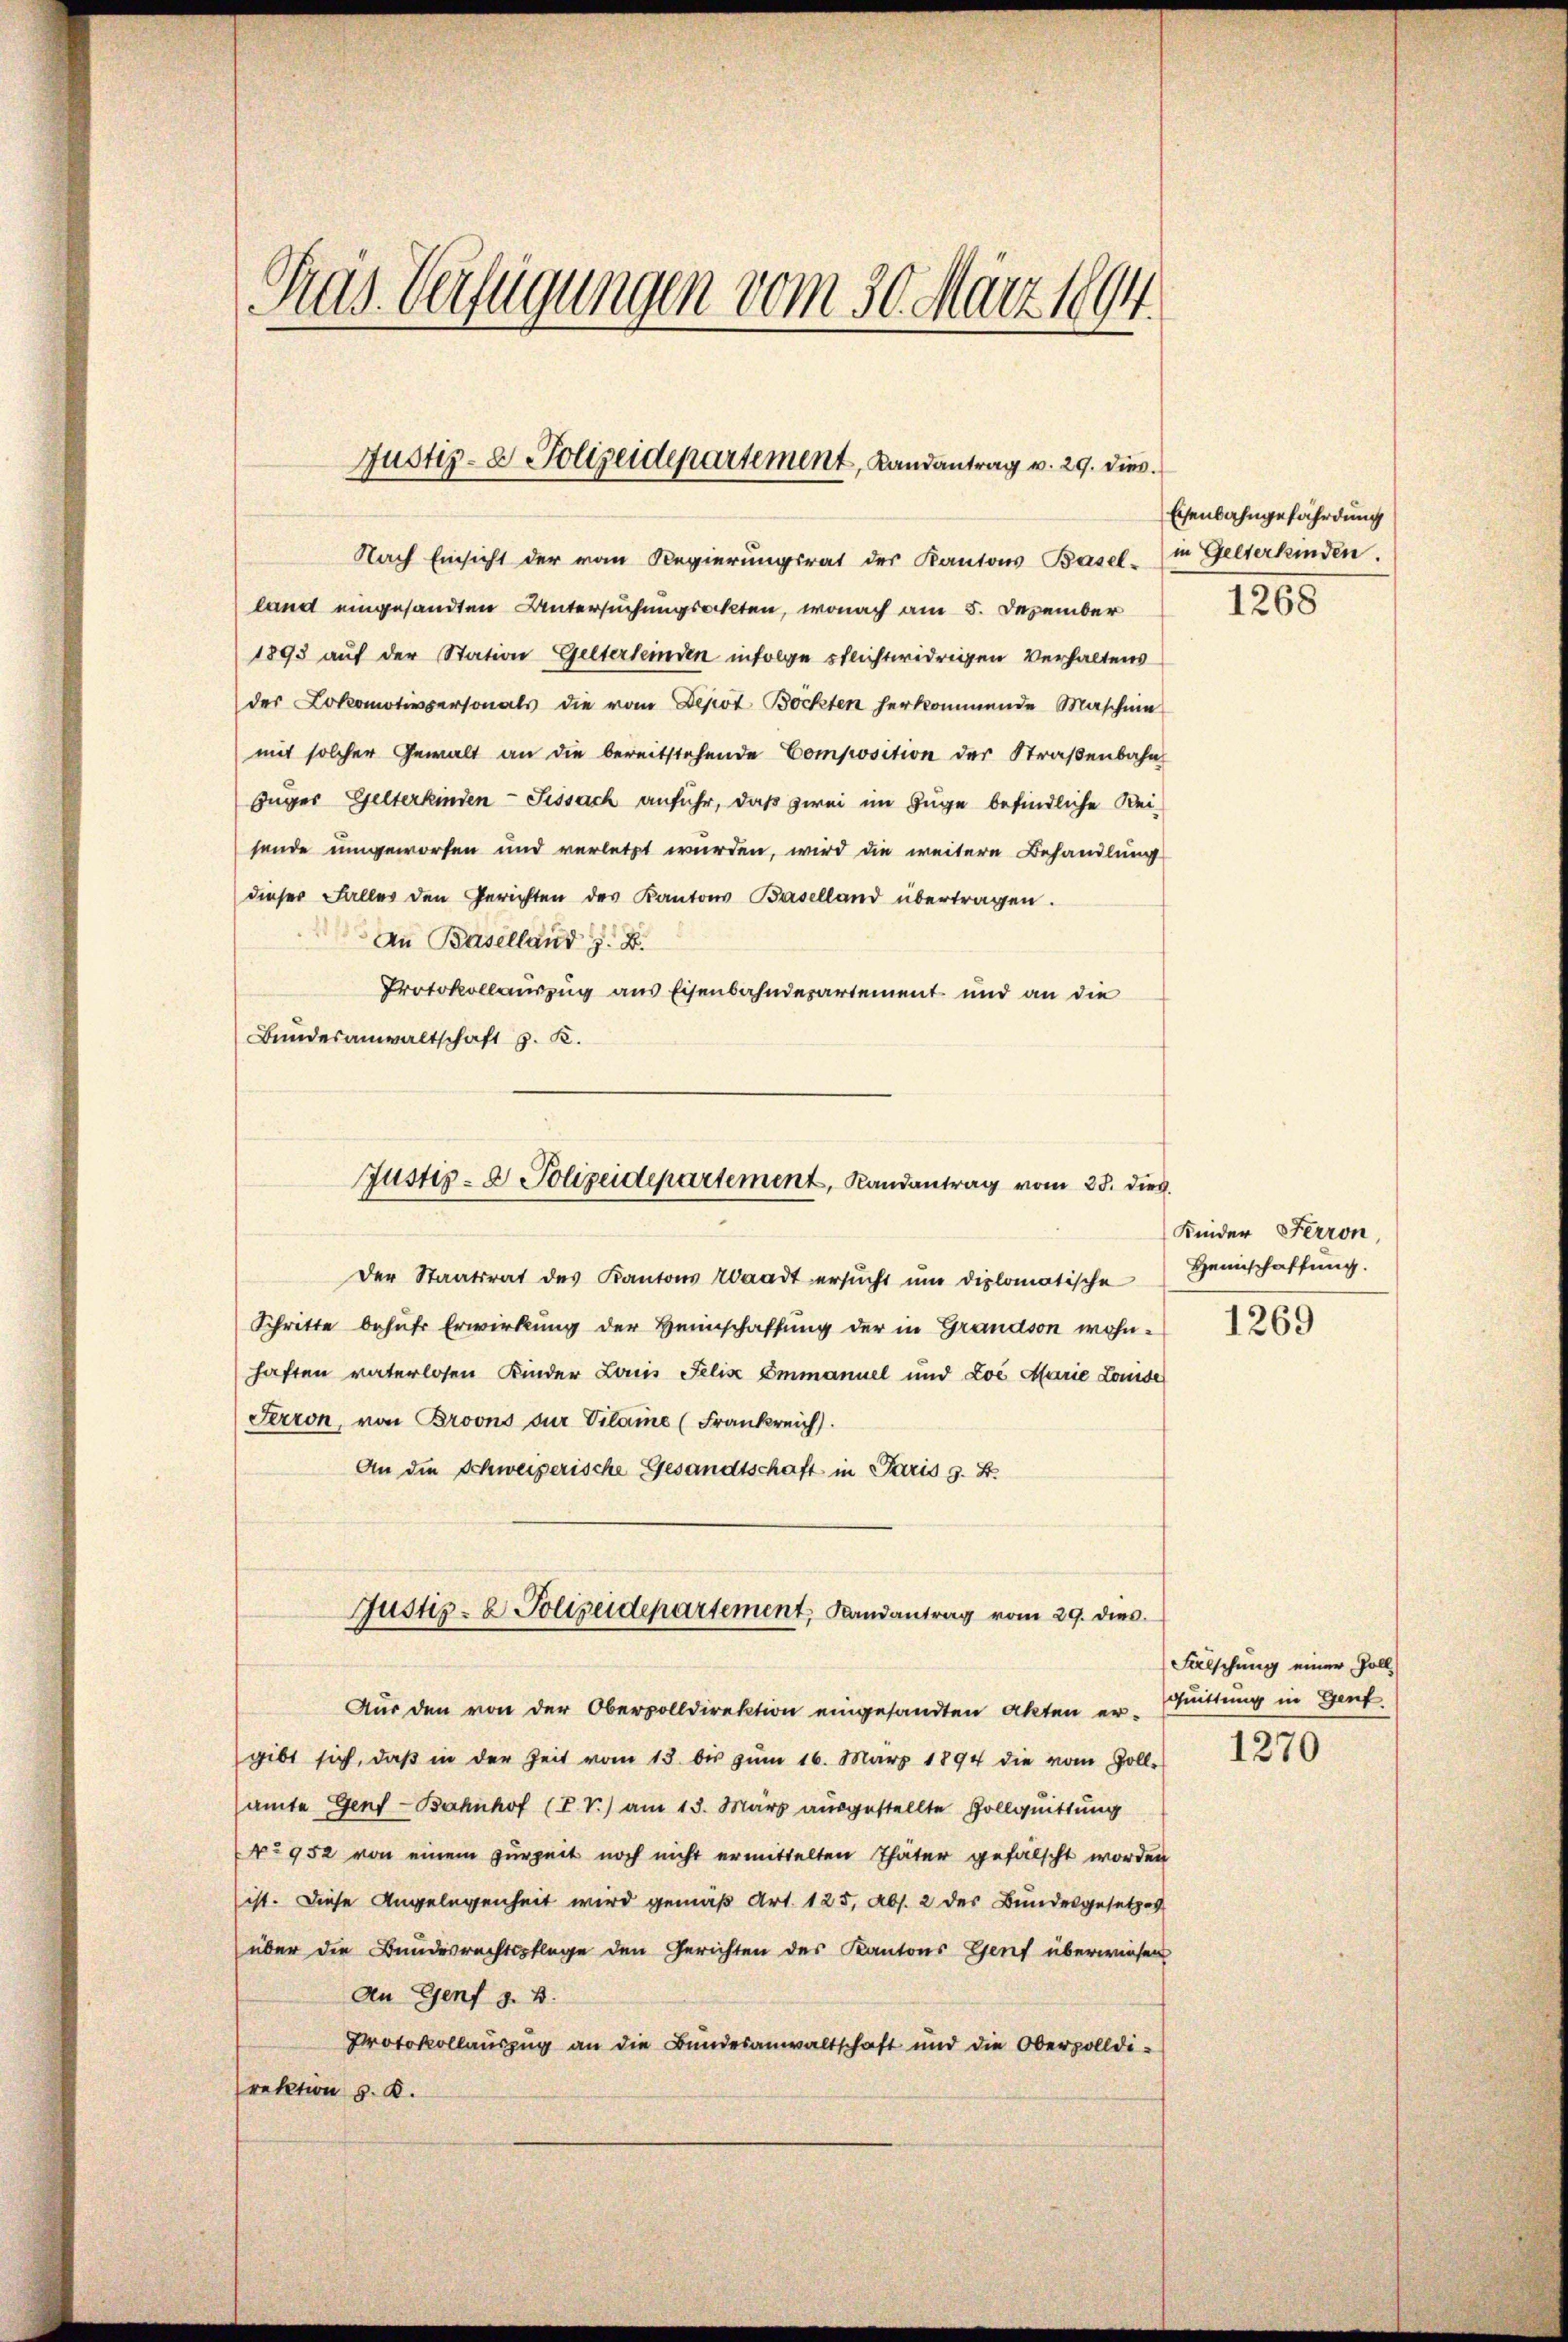
Pras. Verfügungen vom 30. März 1894.

Justiz- & Polizeidepartement, Landantrag v. 29. dies

Nach Einsicht der von Regierungsrat des Kantons Basel- in Gelterkinden.
land eingesandten Untersuchungsakten, wonach am 5. Dezember
1893 auf der Station Gelterleinden infolge Pflichtwidrigen Verhaltens
der Lokomotivpersonals die vom Depot Bockten herkommende Maschine
mit solcher Gewalt an die bereitstehende Composition der Straßenbahn
Zuger Gelterkinden-Fissach anführ, daß zwei im Zuge befindliche Rei-
sende umgeworfen und verletzt wurden, wird die weitere Behandlung
dieser Falles den Gerichten des Kantons Baselland übertragen.
An Baselland z. B.
Protokollauszug aus Eisenbahndepartement und an die
Bundesanwaltschaft z. K.
Der Staatsrat des Kantons Waadt ersŭcht ŭm diplomatische Heinschaffŭng.
Schritte behufs Erwirkung der Heimschaffung der in Grandson wohnhaften vaterlosen Kinder Louis Felix Emmanuel und Loć Marie Louise
Perron, von Broons zur Vilame (Frankreich.
An die Schweizerische Gesandtschaft in Paris s. Z.
Justiz- & Polizeidepartement, Landantrag vom 29. dies
Aus den von der Obervolldirektion eingesandten Akten er-Wittung in Genf.
gibt sich, daβ in der Zeit vom 15. bis zŭm 16. März 1894 die vom Zoll-
amte Genf-Bahnhof (IV) am 13. März ausgestellte Gollquittung
No 952 von einem zurzeit noch nicht ermittelten Thäter gefälscht worden
ist. Diese Angelegenheit wird gemäß Art. 125, Abs. 2 des Bundesgesetzes
über die Bundesrechtspflege den Gerichten des Kantons Genf überwiesen
An Genf z. B.
Protokollauszug an die Bundesanwaltschaft und die Oberzolldirektion v. K.

Justiz- & Polizeidepartement, Randantrag vom 28. dies

Eisenbahngefährdung

1268

Kinder Ferron

1269

Falschung einer Voll¬

1270